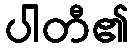
ပါတီ၏